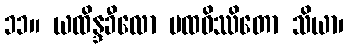
၁၁။ ယထိန္ဒခီလော ပထဝိဿိတော သိယာ၊